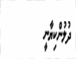
ދުލުންކިޔާނީ